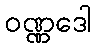
ဝဏ္ဏဒေါ